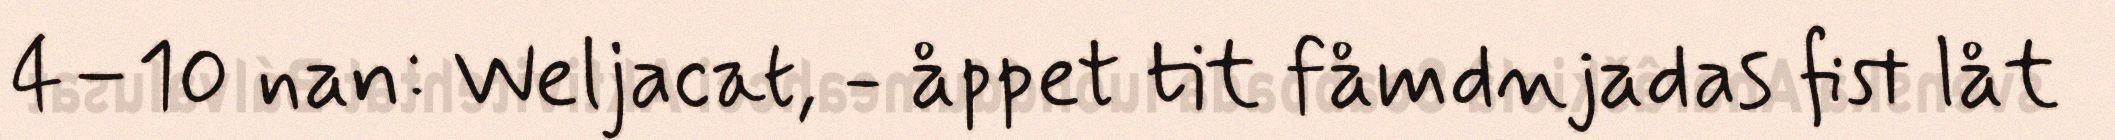
4–10 nan: Weljacat, - åppet tit fåmdnjadas fist låt